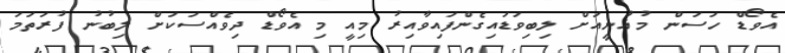
އެވޯޑް ހަސަން މުޣުނީއަށް ލިބިވަޑައިގެންފައިވާއިރު މިއީ މި އެވޯޑް ދިވެއްސަކަށް ލިބުނު ފުރަތަމަ